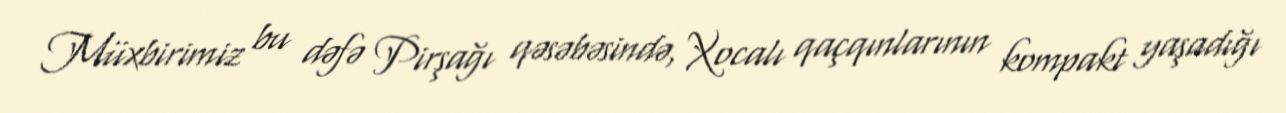
Müxbirimiz bu dəfə Pirşağı qəsəbəsində, Xocalı qaçqınlarının kompakt yaşadığı